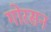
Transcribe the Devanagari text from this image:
गोरसन